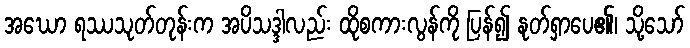
အဃော ရဿသုတ်တုန်းက အပိသဒ္ဒါလည်း ထိုစကားလွန်ကို ပြန်၍ နုတ်ရှာပေ၏၊ သို့သော်